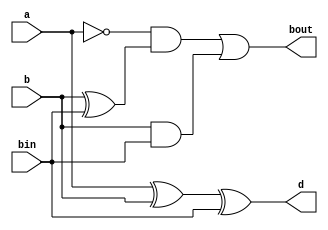
`timescale 1ns / 1ps
//////////////////////////////////////////////////////////////////////////////////
// Company: 
// Engineer: 
// 
// Design Name: 
// Module Name: FullSubtractor_DataFlow
// Project Name: 
// Target Devices: 
// Tool Versions: 
// Description: 
// 
// Dependencies: 
// 
// Revision:
// Revision 0.01 - File Created
// Additional Comments:
// 
//////////////////////////////////////////////////////////////////////////////////


module FullSubtractor_DataFlow(a, b, bin, d, bout);
input a, b, bin;
output d, bout;
assign d = a ^ b ^ bin;
assign bout = (!a) & (b ^ bin) | (b & bin);
endmodule